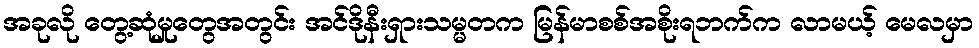
အခုလို တွေ့ဆုံမှုတွေအတွင်း အင်ဒိုနီးရှားသမ္မတက မြန်မာစစ်အစိုးရဘက်က လာမယ့် မေလမှာ